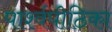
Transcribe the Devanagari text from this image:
पार्श्वपीठिका